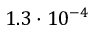
1 . 3 \cdot 1 0 ^ { - 4 }